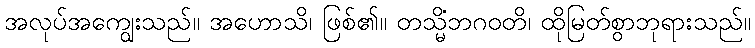
အလုပ်အကျွေးသည်။ အဟောသိ၊ ဖြစ်၏။ တသ္မိံဘဂဝတိ၊ ထိုမြတ်စွာဘုရားသည်။